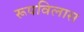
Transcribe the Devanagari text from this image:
रूपविलास